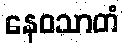
နေဝသာတံ